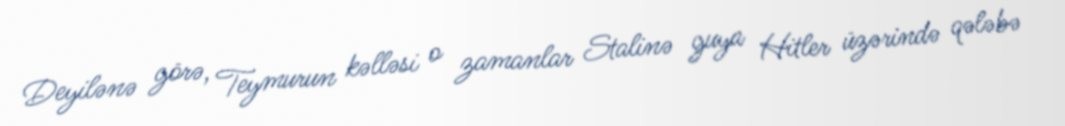
Deyilənə görə, Teymurun kəlləsi o zamanlar Stalinə guya Hitler üzərində qələbə